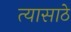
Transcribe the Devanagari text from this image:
त्यासाठे